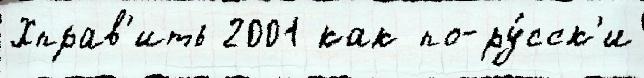
Хправ'ить 2001 как по-ру́сск'и